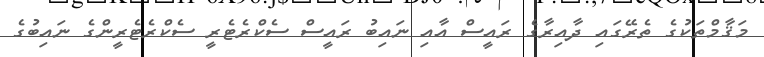
މަޤާމްތަކުގެ ތެރޭގައި ދާއިރާގެ ރައީސް އާއި ނައިބު ރައީސް ސެކްރެޓެރީ ސެކްރެޓެރީންގެ ނައިބުގެ